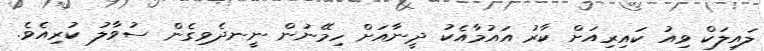
ލައިލަކް ވިއު ކައިރިއަށް ކާރު އައުމާއެކު ދީނާއަށް ހިމޭނުން ނީނދެވިގެން ސުވާލު ކުރިއެވެ.